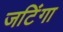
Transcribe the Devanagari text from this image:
जटिंगा